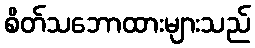
စိတ်သဘောထားများသည်